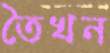
তৈখন